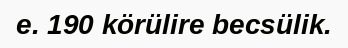
e. 190 körülire becsülik.